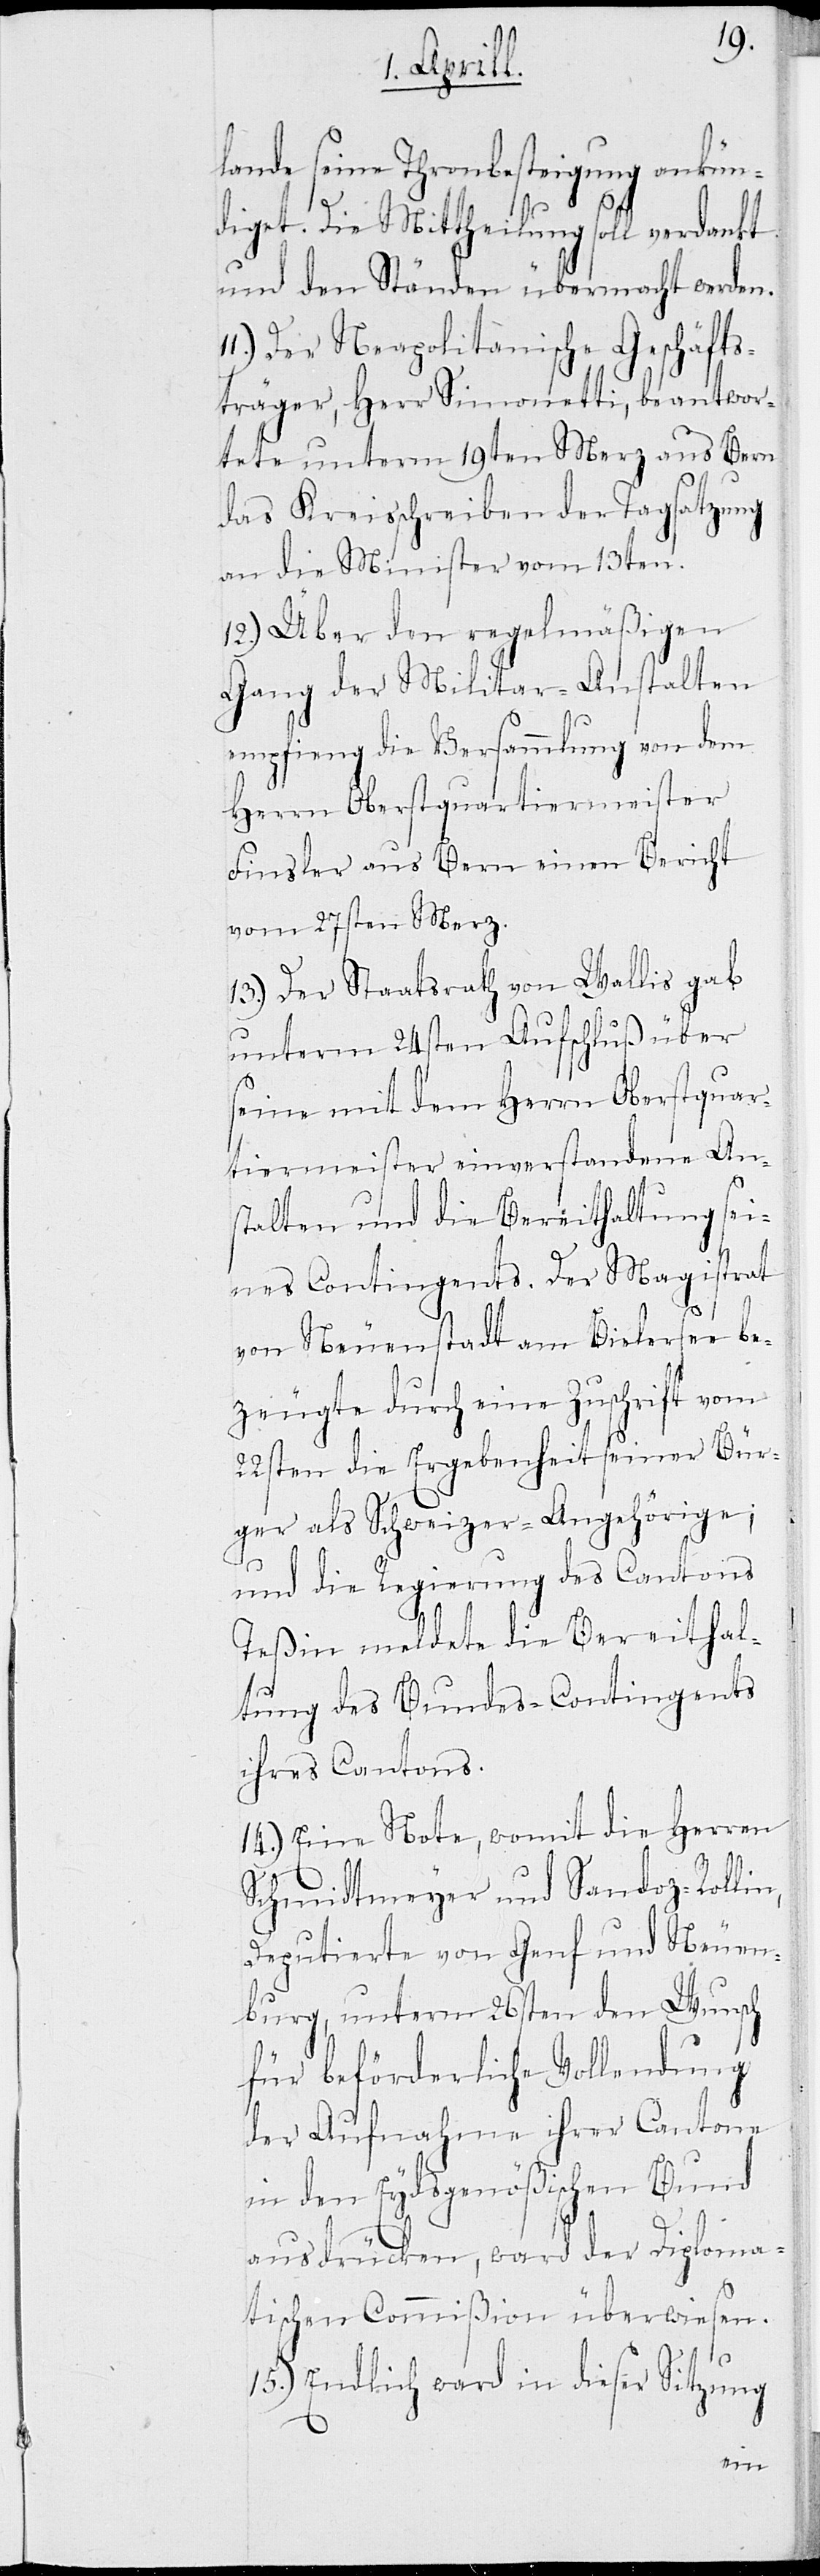
lande seine Thronbesteigung ankün¬
diget. Die Mittheilung soll verdankt
und den Ständen übermacht werden.
Der Neapolitanische Geschäfts¬
träger, Herr Simonetti, beantwor¬
tete unterm 19ten Merz aus Bern
das Kreisschreiben der Tagsatzung
an die Minister vom 13ten.
12.) Über den regelmäßigen
Gang der Militar-Anstalten
empfieng die Versammlung von dem
Herrn Oberstquartiermeister
Finsler aus Bern einen Bericht
vom 27sten Merz.
13.) Der Staatsrath von Wallis gab
unterm 24sten Aufschluß über
seine mit dem Herrn Oberstquar¬
tiermeister einverstandenen An¬
stalten und die Bereithaltung sei¬
nes Contingents. Der Magistrat
von Neuenstadt am Bielersee be¬
zeugte durch eine Zuschrift vom
22sten die Ergebenheit seiner Bür¬
ger als Schweizer-Angehörige;
und die Regierung des Cantons
Teßin meldete die Bereithal¬
tung des Bundes-Contingents
ihres Cantons.
14.) Eine Note, womit die Herren
Schmidtmeyer und Sandoz-Rolli¬
Deputierte von Genf und Neuen¬
burg, unterm 26sten den Wunsch
für beförderliche Vollendung
der Aufnahmen ihrer Cantone
in den Eydsgenößischen Bund
ausdrücken, ward der Diploma¬
tischen Commißion überwiesen.
15.) Endlich ward in dieser Sitzung
n,